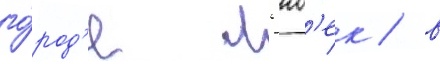
го́род'е л'юб'ек / в